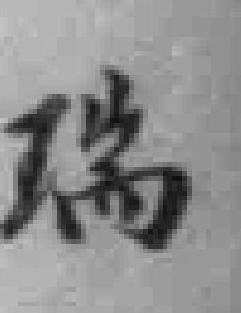
瑞